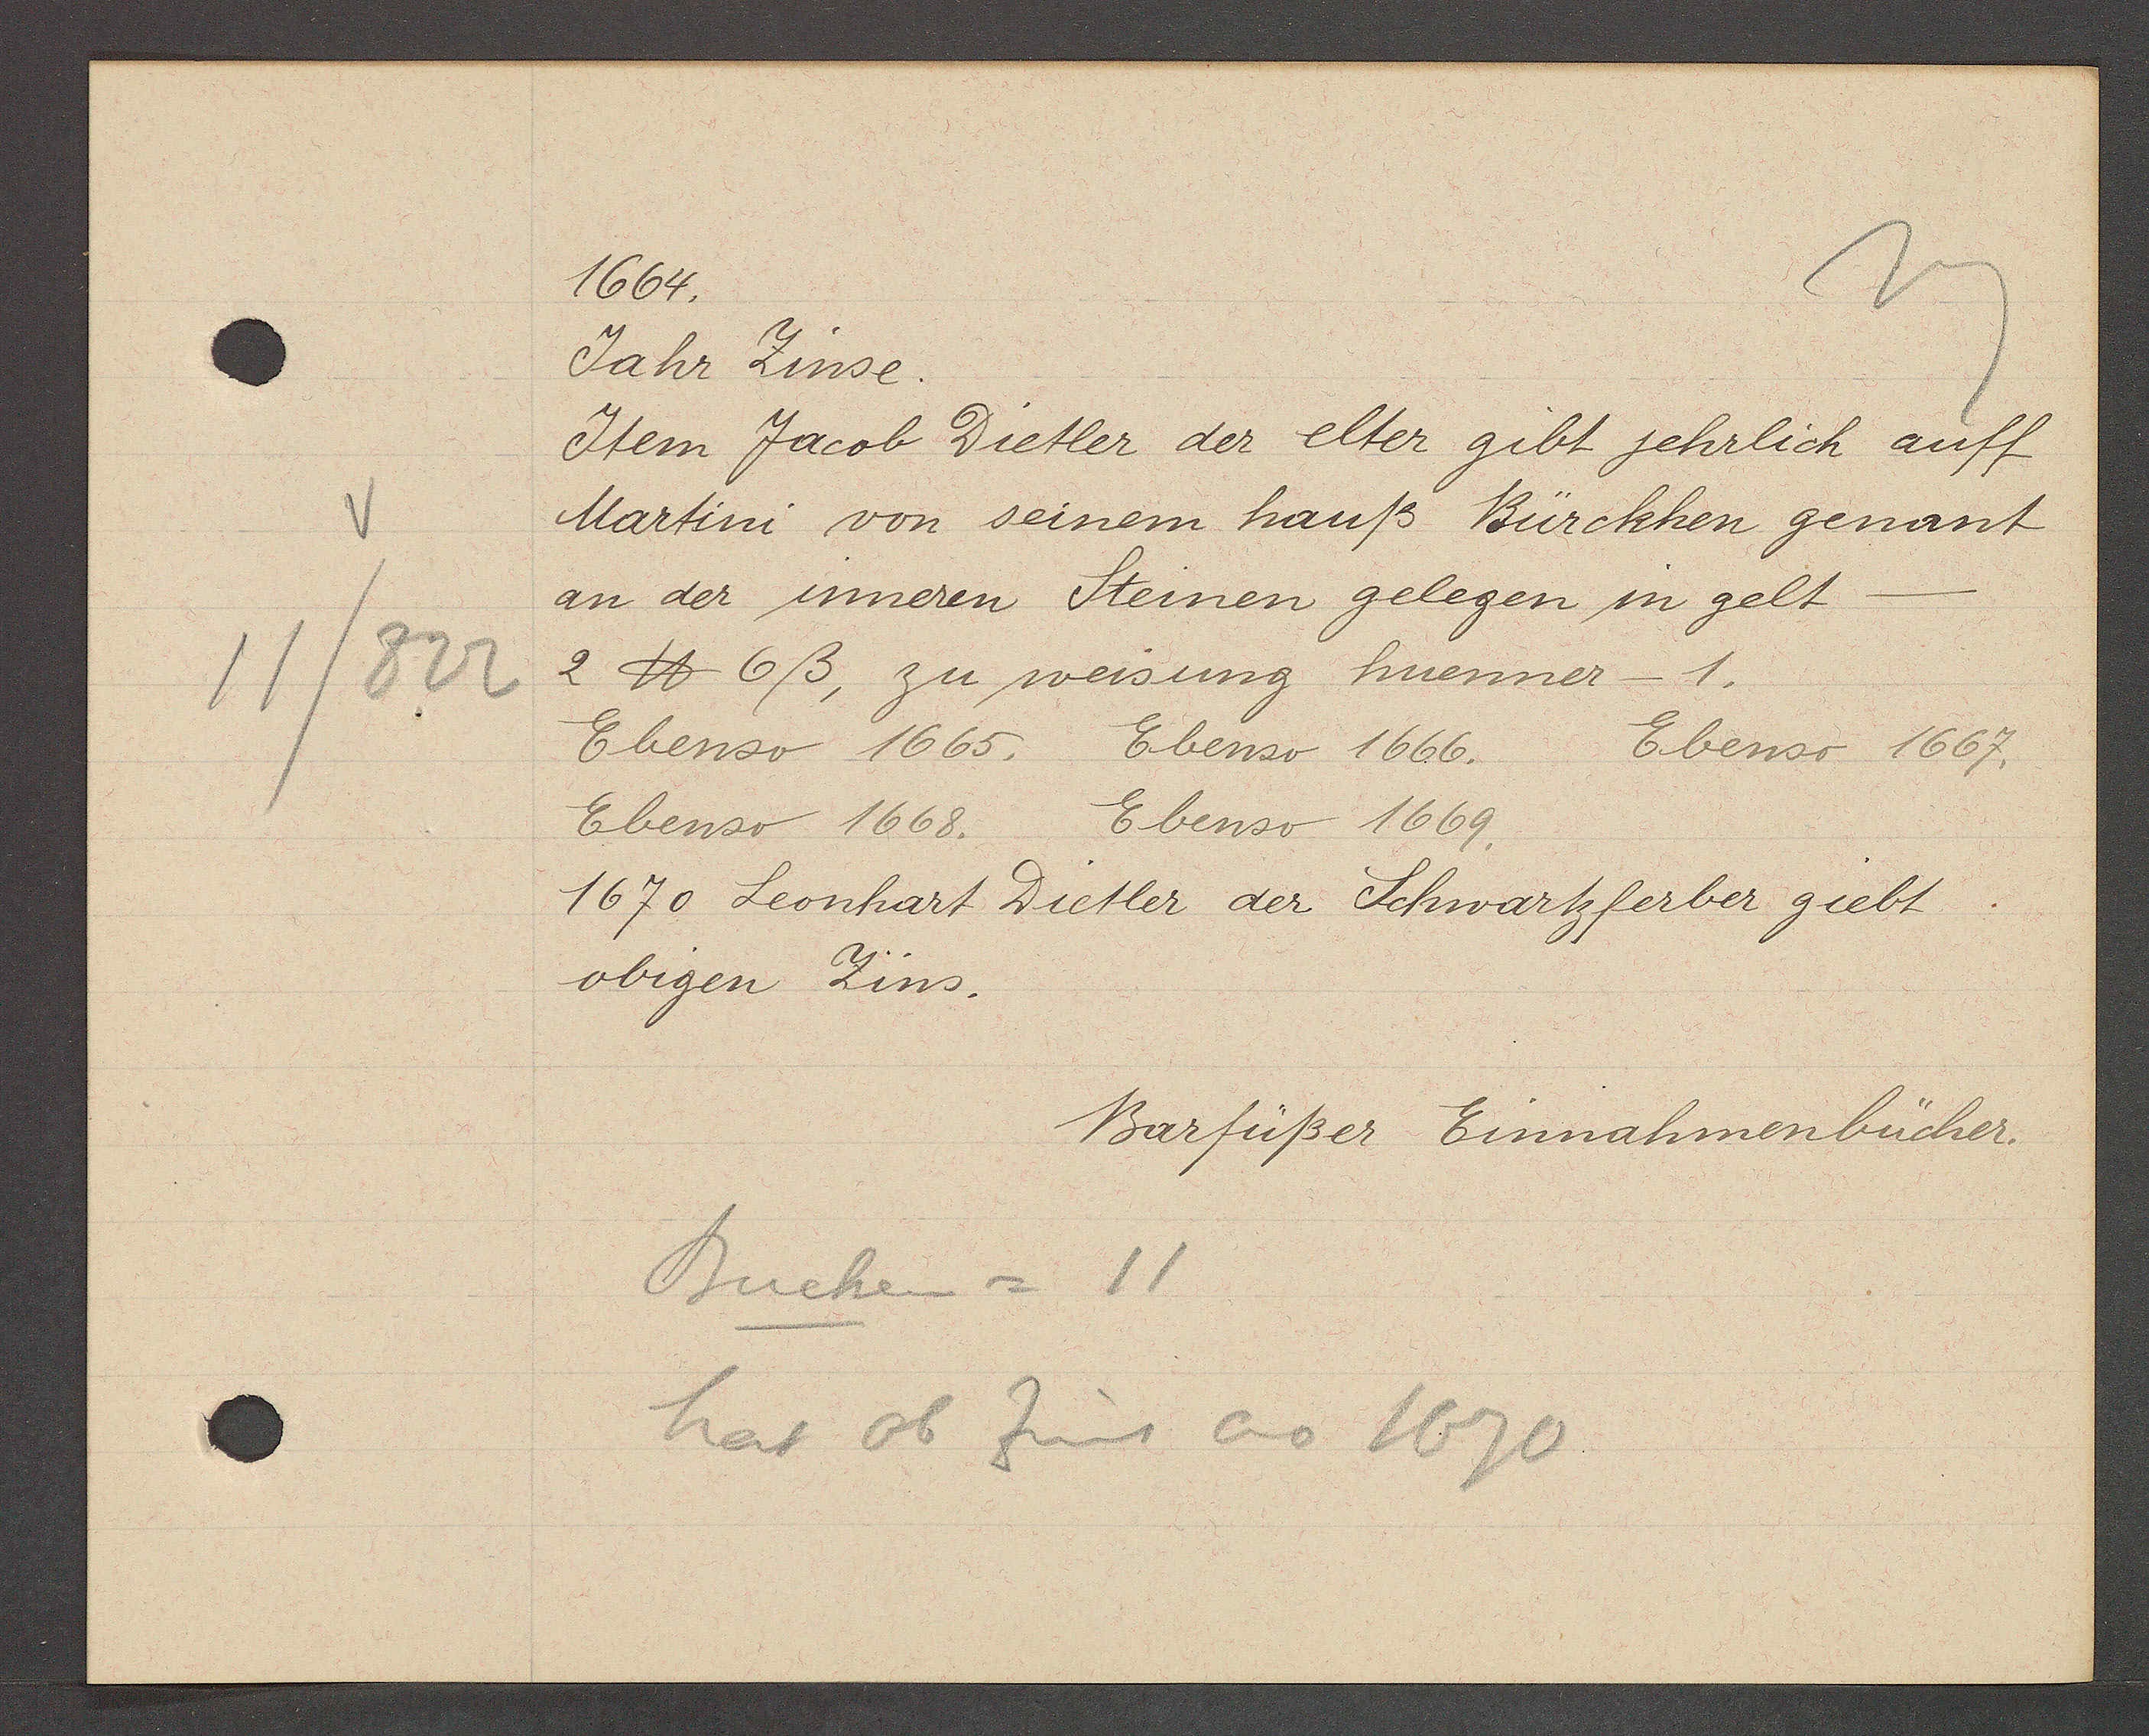
Transcript:
11/822

1664.

Jahr Zinse.
Item Jacob Dietler der elter gibt jehrlich auff
Martini von seinem hauß Bürckhen genant
an der inneren Steinen gelegen in gelt
2 ℔ 6 ß, zu weisung huenner- 1.
Ebenso 1666.
Ebenso 1667.
Ebenso 1665.
Ebenso 1669.
Ebenso 1668.
1670 Leonhart Dietler der Schwartzferber giebt
obigen Zins.

Buchen = 11
hat ob Zins ao 1670

Barfüßer Einnahmenbücher.